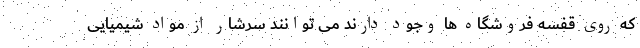
که روی قفسه فروشگاه ها وجود دارند می توانند سرشار از مواد شیمیایی